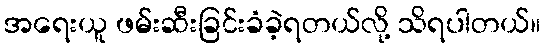
အရေးယူ ဖမ်းဆီးခြင်းခံခဲ့ရတယ်လို့ သိရပါတယ်။